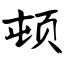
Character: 顿